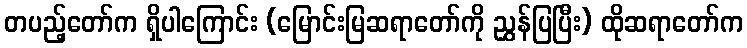
တပည့်တော်က ရှိပါကြောင်း (မြောင်းမြဆရာတော်ကို ညွှန်ပြပြီး) ထိုဆရာတော်က